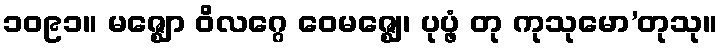
၁၀၉၁။ မဇ္ဈော ဝိလဂ္ဂေ ဝေမဇ္ဈေ၊ ပုပ္ဖံ တု ကုသုမော’တုသု။